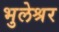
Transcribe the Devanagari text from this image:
भुलेश्रर